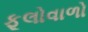
ફૂલોવાળો